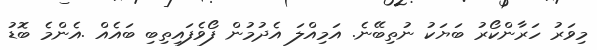
މިވަރު ހަރާންކޯރު ބަޔަކު ނުތިބޭނެ. އަމިއްލަ އެދުމުން ފޯވެފައިތިބި ބައެއް .އެންމެ ބޮޑު